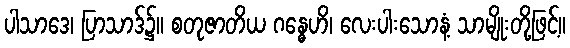
ပါသာဒေ၊ ပြာသာဒ်၌။ စတုဇာတိယ ဂန္ဓေဟိ၊ လေးပါးသောနံ့ သာမျိုးတို့ဖြင့်။